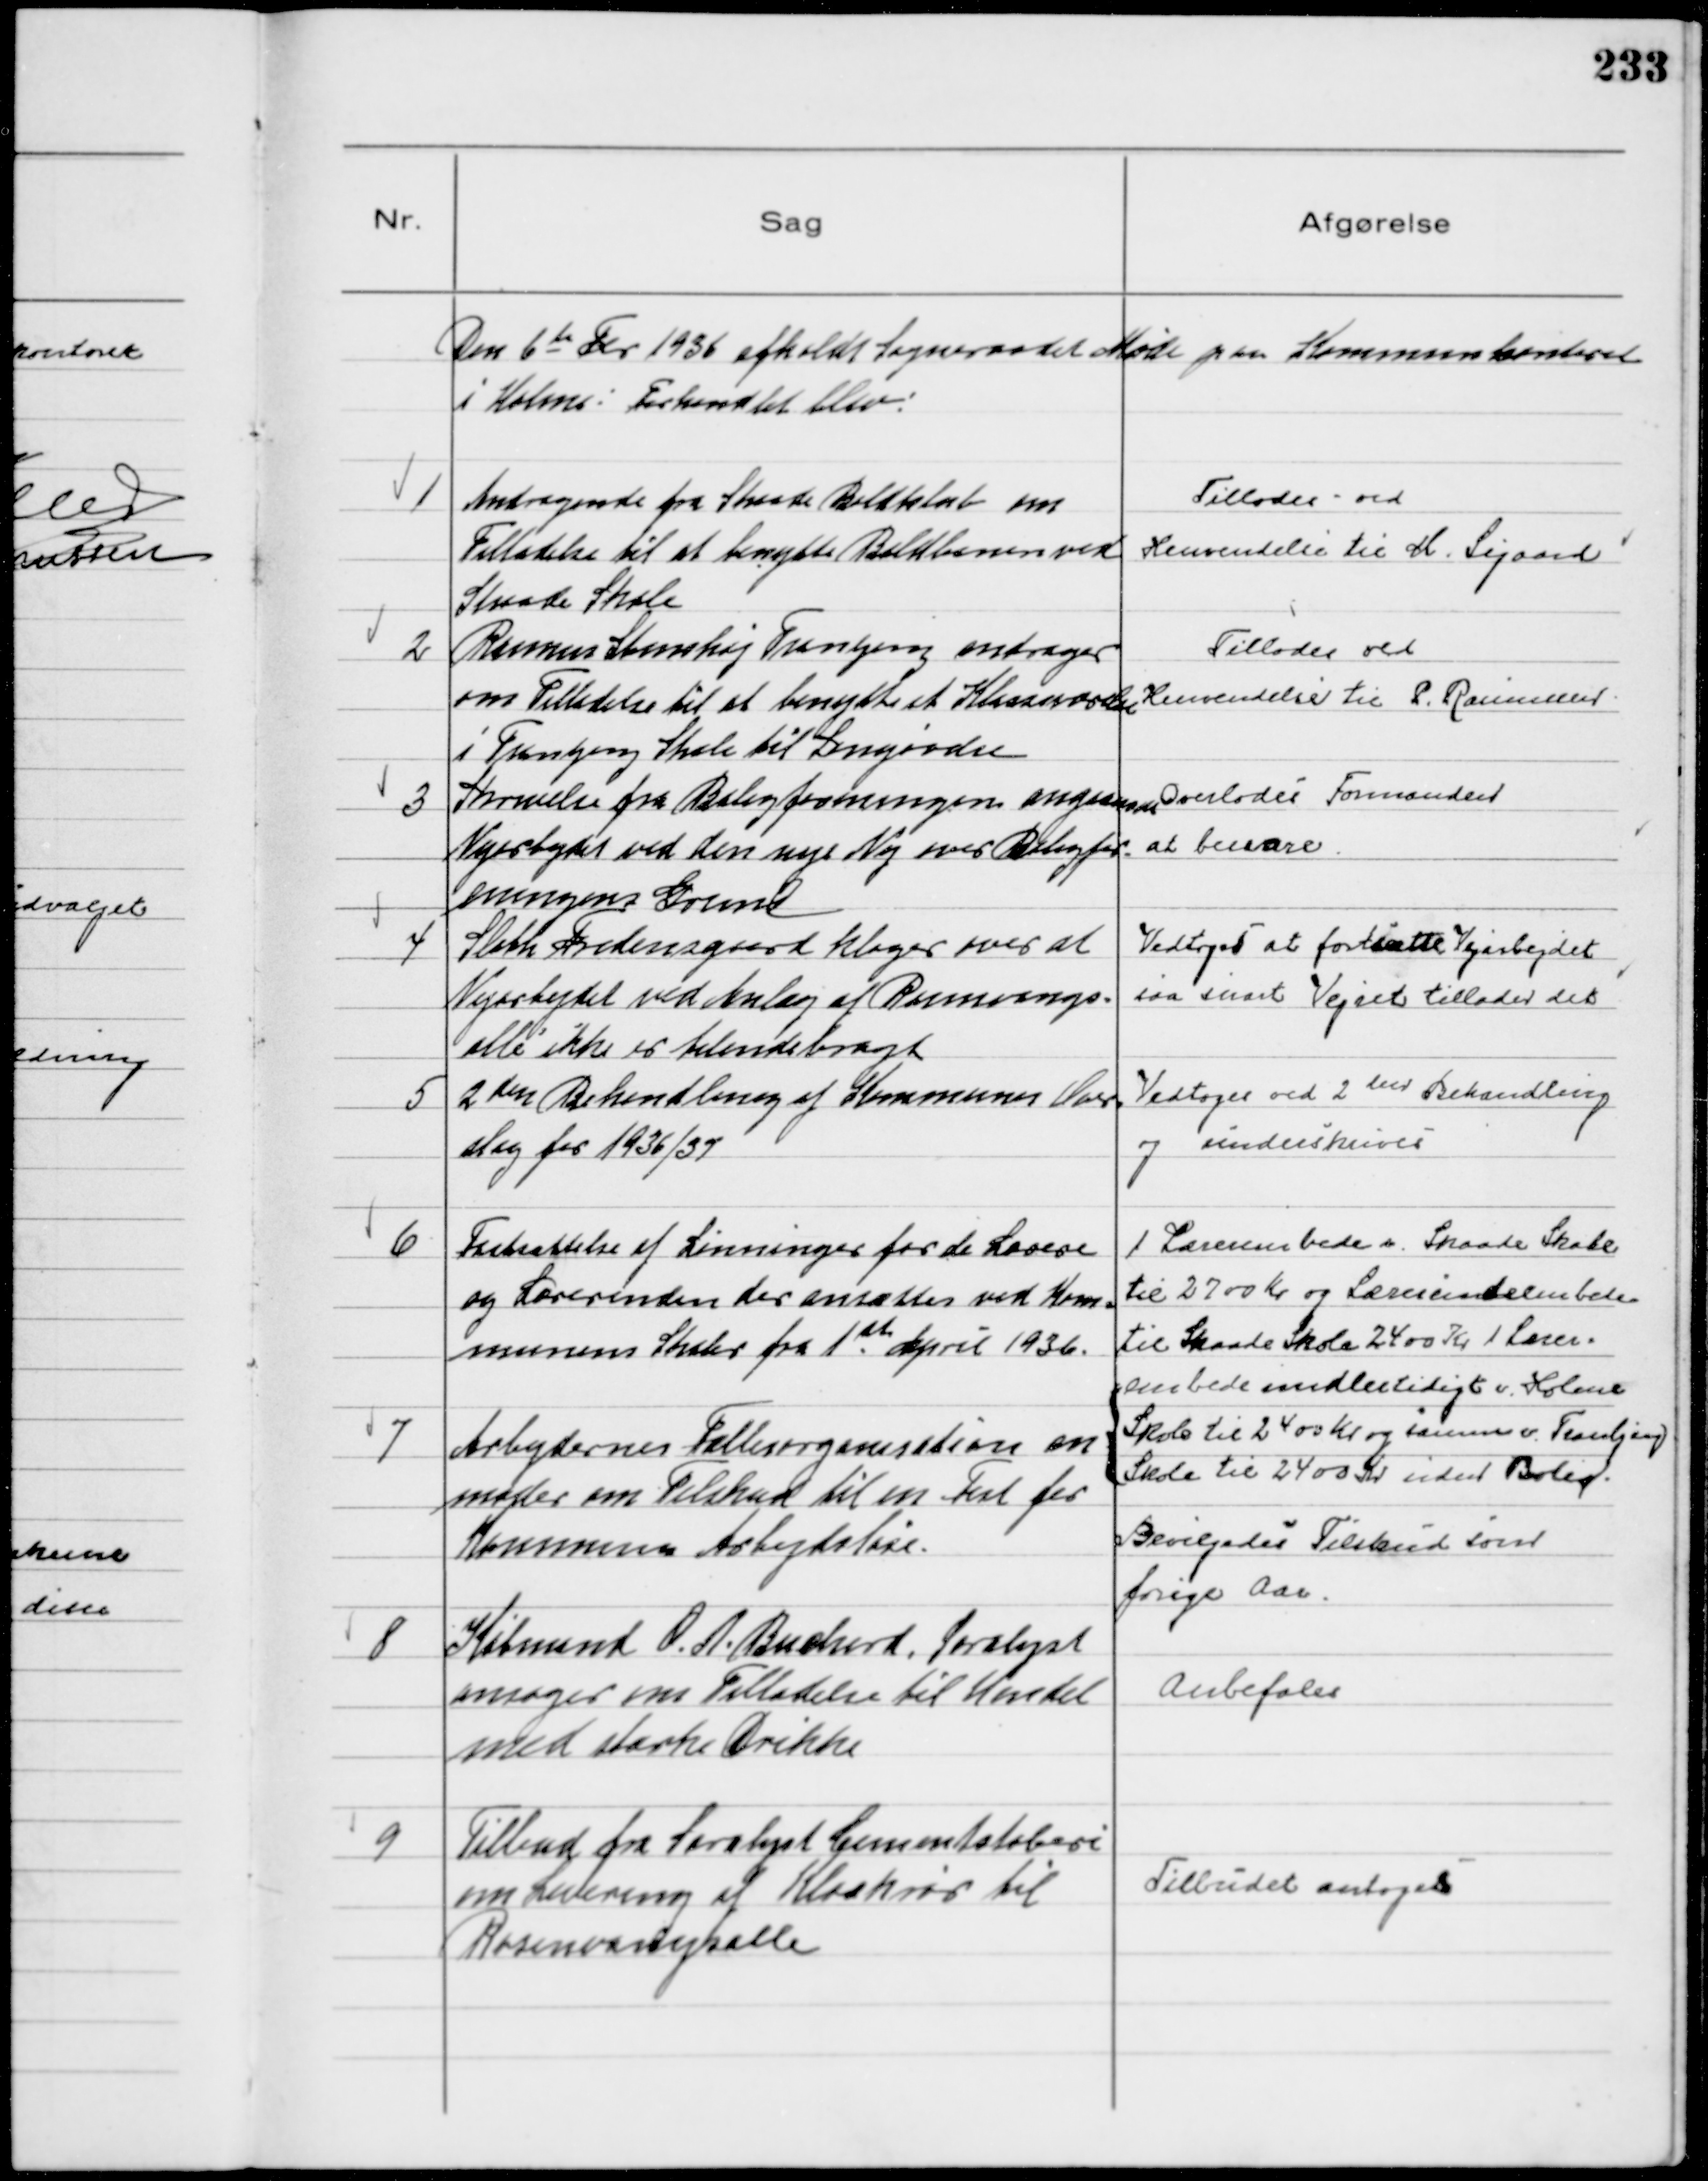
Transskription:
Den 6 te Feb 1936 afholdt Sogneraadet Møde paa Kommunekontoret
i Holme: Forhandlet blev:

1
Andragende fra Skaade Boldklub om
Tilladelse til at benytte Boldbanen ved
Skaade Skole

Tillodes ved
Henvendelse til M. Sigaard

2
Rasmus Stenshøj Tranbjerg andrager
om Tilladelse til at benytte et Klasseværelse
i Tranbjerg Skole til Sangøvelse

Tillodes ved
Henvendelse til P. Rasmussen

3
Skrivelse fra Boligforeningen angaaende
Vejarbejdet ved den nye Vej over Boligfor-
eningens Grund

Overlodes Formanden
at besvare

4
Sloth Fredensgaard klager over at
Vejarbejdet ved Anlæg af Rosenvangs-
alle ikke er tilendebragt

Vedtoges at fortsætte Vejarbejdet
saa snart Vejret tillader det

5
2den Behandling af Kommunens Over-
slag for 1936/37

Vedtoges ved 2den Behandling
og underskrives

6
Fastsættelse af Lønninger for de Lærere
og Lærerinder der ansættes ved Kom-
munens Skoler fra 1ste April 1936.

1 Lærerembede v. Skaade Skole
til 2700 Kr og Lærerindeembede
til Skaade Skole 2400 Kr 1 Lærer-
embede midlertidigt v. Holme
Skole til 2400 Kr og samme v. Tranbjerg
Skole til 2400 Kr uden Bolig.

7
Arbejdernes Fællesorganisation an
moder om Tilskud til en Fest for
Kommunens Arbejdsløse.

Bevilgedes Tilskud som
forige Aar.

8
Købmand O. A. Buchard, Saralyst
ansøger om Tilladelse til Handel
med stærke Drikke

Anbefales

9
Tilbud fra Saralyst Cementstøberi
om Levering af Kloakrør til
Rosenvangsalle

Tilbudet antoges